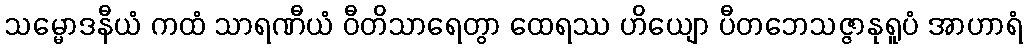
သမ္မောဒနီယံ ကထံ သာရဏီယံ ဝီတိသာရေတွာ ထေရဿ ဟိယျော ပီတဘေသဇ္ဇာနုရူပံ အာဟာရံ